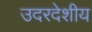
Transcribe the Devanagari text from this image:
उदरदेशीय